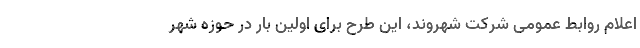
اعلام روابط عمومی شرکت شهروند، این طرح برای اولین بار در حوزه شهر